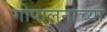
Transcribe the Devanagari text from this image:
गोपालनाच्या